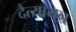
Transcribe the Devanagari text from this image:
दैत्यायन